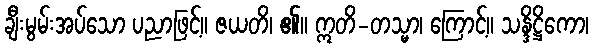
ချီးမွမ်းအပ်သော ပညာဖြင့်။ ဇယတိ၊ ၏။ ဣတိ-တသ္မာ၊ ကြောင့်။ သန္ဒိဋ္ဌိကော၊